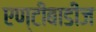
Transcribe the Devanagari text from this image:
एण्टीबाडीज